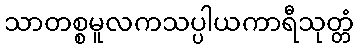
သာတစ္စမူလကသပ္ပါယကာရီသုတ္တံ